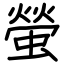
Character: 螢